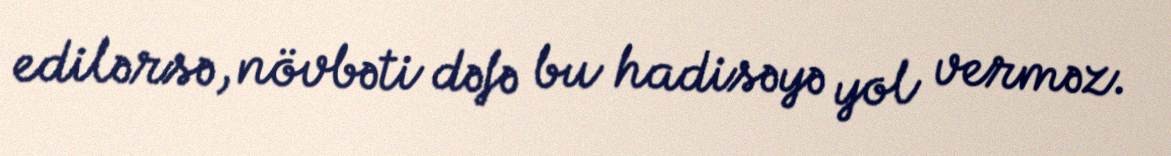
edilərsə, növbəti dəfə bu hadisəyə yol verməz.